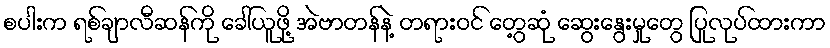
စပါးက ရစ်ချာလီဆန်ကို ခေါ်ယူဖို့ အဲဗာတန်နဲ့ တရားဝင် တွေ့ဆုံ ဆွေးနွေးမှုတွေ ပြုလုပ်ထားကာ